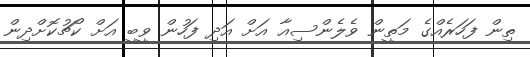
ތިން ފަހަރެއްގެ މަތީން ވެލެންސިއާ އަށް އަދި ފަހުން ވީބީ އަށް ކޯޗުކޮށްދިން